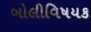
બોલીવિષયક